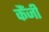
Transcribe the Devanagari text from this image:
कैंजी